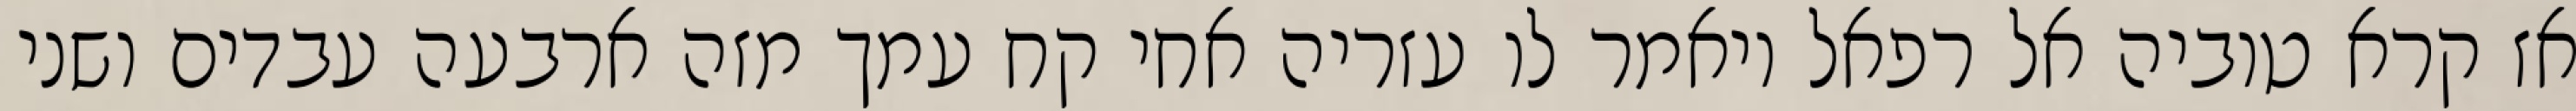
אז קרא טוביה אל רפאל ויאמר לו עזריה אחי קח עמך מזה ארבעה עבדים ושני